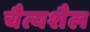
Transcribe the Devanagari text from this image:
चैत्यशैल